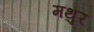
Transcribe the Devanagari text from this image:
मथुर